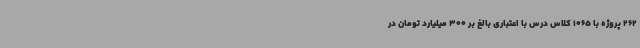
262 پروژه با 1065 کلاس درس با اعتباری بالغ بر 300 میلیارد تومان در